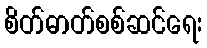
စိတ်ဓာတ်စစ်ဆင်ရေး